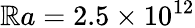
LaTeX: \mathbb{R}a=2.5\times10^{12}